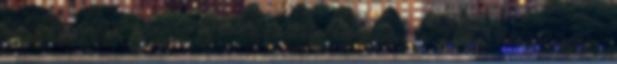
már együtt énekeltünk a Cantabile kórussal a Zene Világnapján,